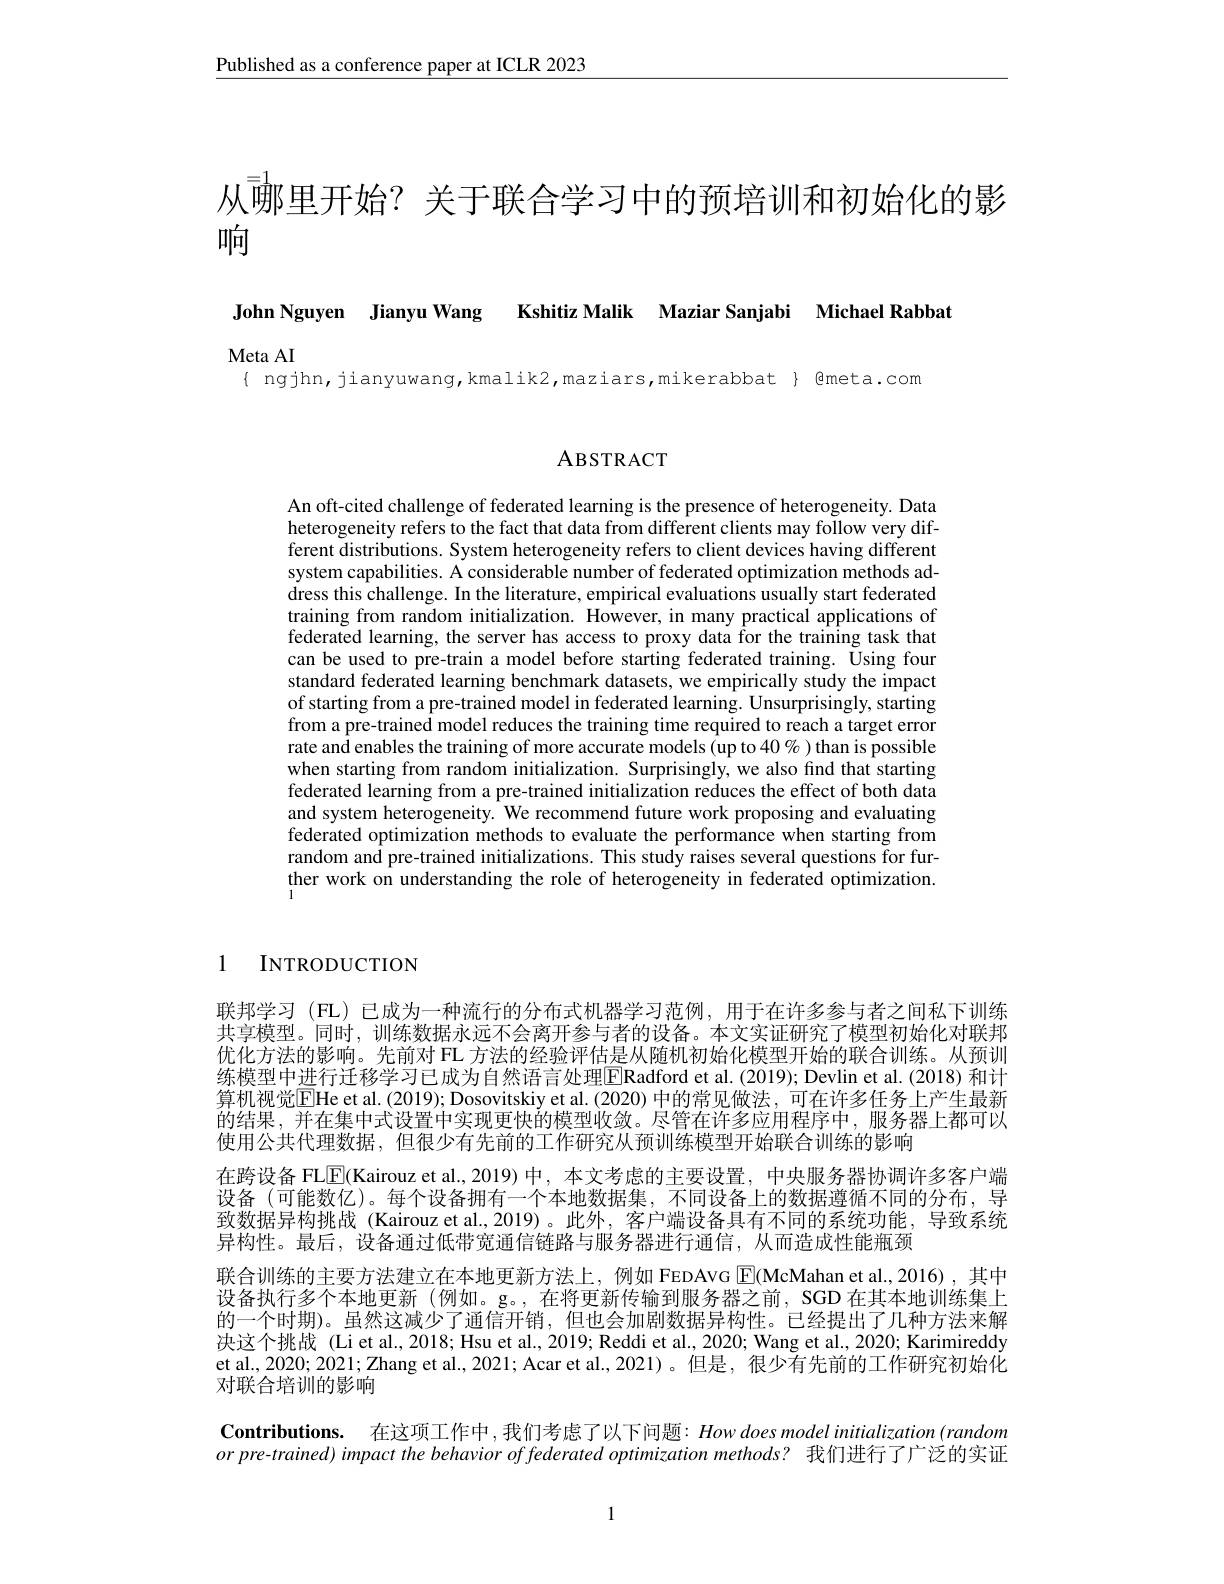
$\underline{\text{Published as a conference paper at ICLR 2023}}$

从哪里开始？关于联合学习中的预培训和初始化的影

响

John Nguyen Jianyu Wang Kshitiz Malik Maziar Sanjabi Michael Rabbat

Meta AI
$\{$ ngjhn, jianyuwang, kmalik2, maziars, mikerabbat $\}$ @meta.com

## ABSTRACT

An oft-cited challenge of federated learning is the presence of heterogeneity. Data heterogeneity refers to the fact that data from different clients may follow very different distributions. System heterogeneity refers to client devices having different system capabilities. A considerable number of federated optimization methods address this challenge. In the literature, empirical evaluations usually start federated training from random initialization. However, in many practical applications of federated learning, the server has access to proxy data for the training task that can be used to pre-train a model before starting federated training. Using four standard federated learning benchmark datasets, we empirically study the impact of starting from a pre-trained model in federated learning. Unsurprisingly, starting from a pre-trained model reduces the training time required to reach a target error rate and enables the training of more accurate models (up to $40\%$ )than is possible when starting from random initialization. Surprisingly, we also find that starting federated learning from a pre-trained initialization reduces the effect of both data and system heterogeneity. We recommend future work proposing and evaluating federated optimization methods to evaluate the performance when starting from random and pre-trained initializations. This study raises several questions for further work on understanding the role of heterogeneity in federated optimization.

1 INTRODUCTION

联邦学习(FL)已成为一种流行的分布式机器学习范例，用于在许多参与者之间私下训练共享模型。同时，训练数据永远不会离开参与者的设备。本文实证研究了模型初始化对联邦优化方法的影响。先前对 FL 方法的经验评估是从随机初始化模型开始的联合训练。从预训练模型中进行迁移学习已成为自然语言处理$\boxed{\mathrm{Radford~et~al.~(2019);~Devlin~et~al.~(2018)~和计}}$ 算机视觉$\overline{\mathrm{E}}$He et al. (2019); Dosovitskiy et al. (2020) 中的常见做法，可在许多任务上产生最新的结果，并在集中式设置中实现更快的模型收敛。尽管在许多应用程序中，服务器上都可以使用公共代理数据，但很少有先前的工作研究从预训练模型开始联合训练的影响
在跨设备 FL$\boxed{\mathbb{F}}($Kairouz et al.,2019)中，本文考虑的主要设置，中央服务器协调许多客户端设备(可能数亿)。每个设备拥有一个本地数据集，不同设备上的数据遵循不同的分布，导致数据异构挑战 (Kairouz et al.,2019)。此外，客户端设备具有不同的系统功能，导致系统异构性。最后，设备通过低带宽通信链路与服务器进行通信，从而造成性能瓶颈
联合训练的主要方法建立在本地更新方法上，例如 FEDAVG $\boxed{\mathrm{E}}($McMahan et al.,2016),其中设备执行多个本地更新 (例如。g。,在将更新传输到服务器之前，SGD 在其本地训练集上的一个时期)。虽然这减少了通信开销，但也会加剧数据异构性。已经提出了几种方法来解决这个挑战 (Li et al., 2018; Hsu et al., 2019; Reddi et al., 2020; Wang et al., 2020; Karimireddy et al., 2020; 2021; Zhang et al., 2021; Acar et al., 2021)。但是，很少有先前的工作研究初始化对联合培训的影响
Contributions. 在这项工作中，我们考虑了以下问题：How does model initialization $(random$ or pre-trained) impact the behavior of federated optimization methods? 我们进行了广泛的实证

1